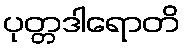
ပုတ္တဒါရောတိ